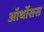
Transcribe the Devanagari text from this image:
ऑर्थोसस